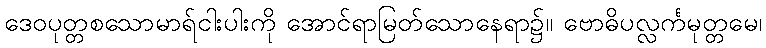
ဒေဝပုတ္တစသောမာရ်ငါးပါးကို အောင်ရာမြတ်သောနေရာ၌။ ဗောဓိပလ္လင်္ကမုတ္တမေ၊